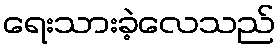
ရေးသားခဲ့လေသည်